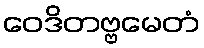
ဝေဒိတဗ္ဗမေတံ